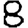
Digit: 8